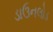
ડાઉનલોડ